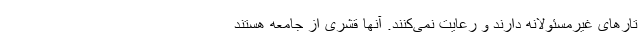
تارهای غیرمسئولانه دارند و رعایت نمی‌کنند. آنها قشری از جامعه هستند